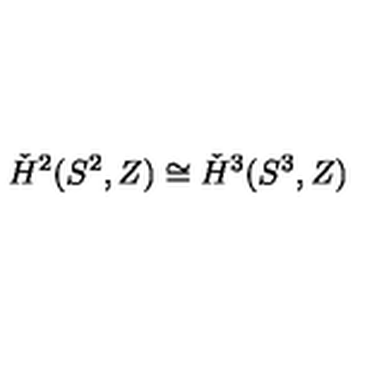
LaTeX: \check { H } ^ { 2 } ( S ^ { 2 } , Z ) \cong \check { H } ^ { 3 } ( S ^ { 3 } , Z )